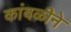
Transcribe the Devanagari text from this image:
कांबळीने